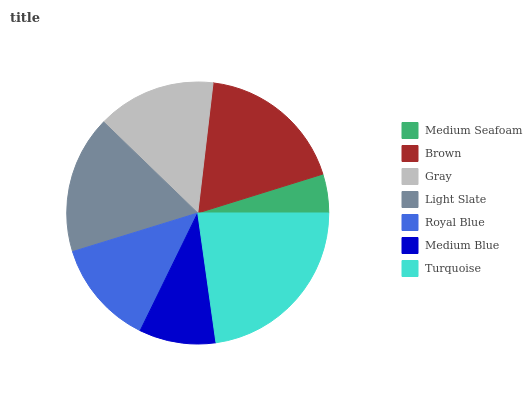
| Medium Seafoam | Brown | Gray | Light Slate | Royal Blue | Medium Blue | Turquoise |
 | --- | --- | --- | --- | --- | --- | --- |
 | 4.79% | 18.3% | 14.6% | 17% | 13% | 9.46% | 22.8% |